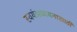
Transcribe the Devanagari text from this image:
स्वयंअध्ययनासाठी